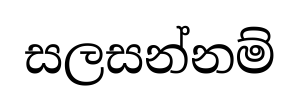
සලසන්නම්